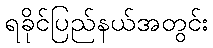
ရခိုင်ပြည်နယ်အတွင်း